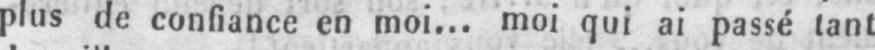
plus de confiance en moi... moi qui ai passé tant